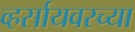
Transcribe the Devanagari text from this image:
व्हर्सायवरच्या